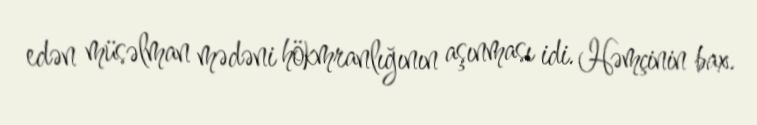
edən müsəlman mədəni hökmranlığının aşınması idi. Həmçinin bax.